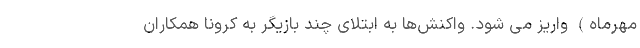
مهرماه) واریز می شود. واکنش‌ها به ابتلای چند بازیگر به کرونا همکاران